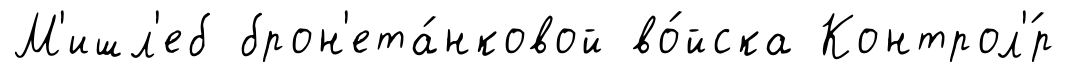
М'ишл'еб брон'ета́нковой во́йска Контрол'́р